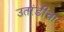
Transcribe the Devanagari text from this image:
उतरंडीचा